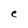
Character: e